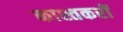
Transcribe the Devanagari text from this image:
काश्तकरों